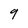
Character: q